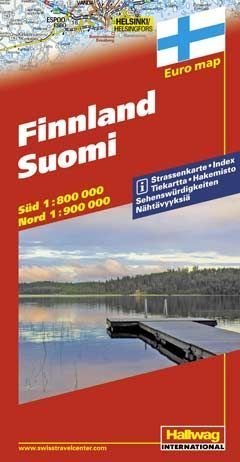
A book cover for Finland / Finland (Road Map); Travel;